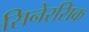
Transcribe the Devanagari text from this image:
सिनेरसिक